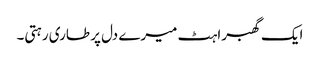
ایک گھبراہٹ میرے دل پر طاری رہتی۔